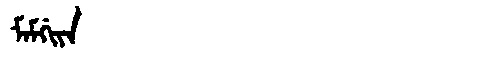
Manchu: ᠮᠠᠮᡤᡳᠶᠠ
Romanization: MAMGIYA